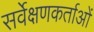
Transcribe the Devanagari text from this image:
सर्वेक्षणकर्ताओं